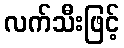
လက်သီးဖြင့်